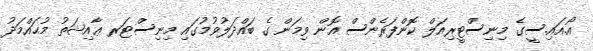
އޯ.އައި.ސީގެ މިނިސްޓީރިއަލް ކޮންފަރެންސް އޮން ވިމަން ގެ ބައްދަލުވުމުގައި މިނިސްޓަރ ޢާއިޝަތު މުޙައްމަދު